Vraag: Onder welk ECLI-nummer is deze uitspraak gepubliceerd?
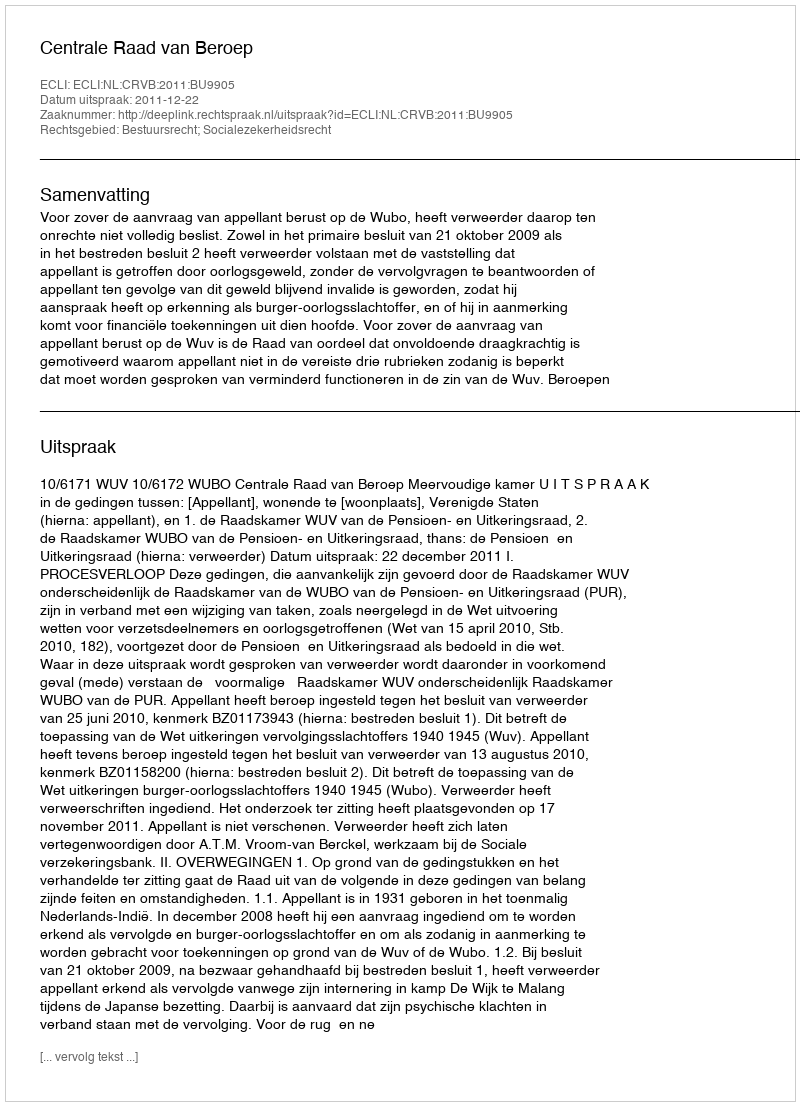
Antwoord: ECLI:NL:CRVB:2011:BU9905